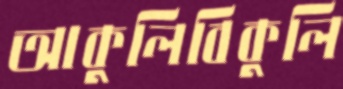
আকুলিবিকুলি